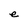
Character: e